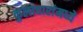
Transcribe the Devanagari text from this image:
कुलाचारांमध्ये